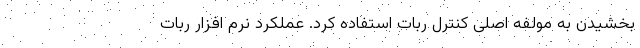
بخشیدن به مولفه اصلی کنترل ربات استفاده کرد. عملکرد نرم افزار ربات